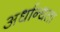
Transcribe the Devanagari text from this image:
अर्धान्धता